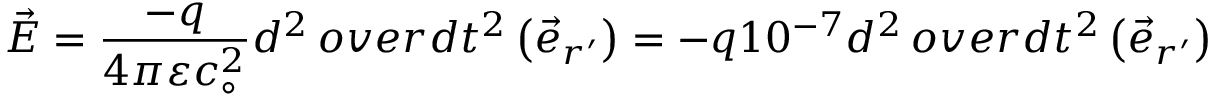
{ \vec { E } } = { \frac { - q } { 4 \pi \varepsilon c _ { \circ } ^ { 2 } } } { d ^ { 2 } \, o v e r d t ^ { 2 } } \left( { \vec { e } } _ { r ^ { \prime } } \right) = - q 1 0 ^ { - 7 } { d ^ { 2 } \, o v e r d t ^ { 2 } } \left( { \vec { e } } _ { r ^ { \prime } } \right)